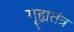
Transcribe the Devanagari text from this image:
गूह्यतंत्र